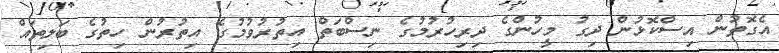
އެގޮތުން އިސްކޮޅުން ދިގު މީހުންގެ ދިރިހުރުމުގެ ނިސްބަތް އިތުރުވުމުގެ އިތުރުން ހިތުގެ ބަލިތައް